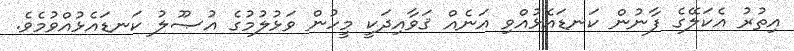
އިތުރު އެކަލޭގެ ފާނުން ކަނޑައެޅުއްވި އަނެއް ޤަވާއިދަކީ މީހުން ވަޅުލުމުގެ އުޞޫލު ކަނޑައެޅުއްވުމެވެ.